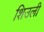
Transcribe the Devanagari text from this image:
शिउली